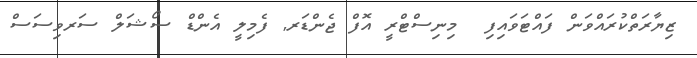
ޒިޔާރަތްކުރައްވަން ފައްޓަވައިފި  މިނިސްޓްރީ އޮފް ޖެންޑަރ